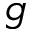
g